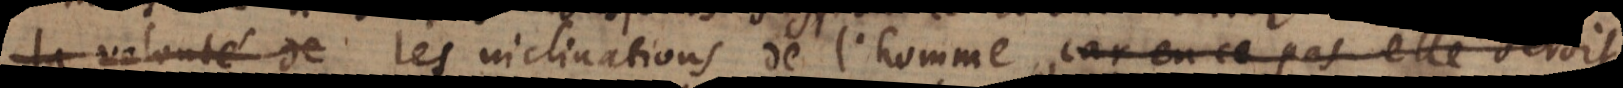
la volonté de les inclinations de l’homme, car autrement il ne t